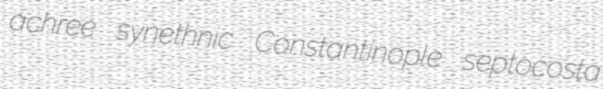
achree synethnic Constantinople septocosta